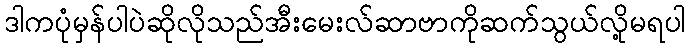
ဒါကပုံမှန်ပါပဲဆိုလိုသည်အီးမေးလ်ဆာဗာကိုဆက်သွယ်လို့မရပါ